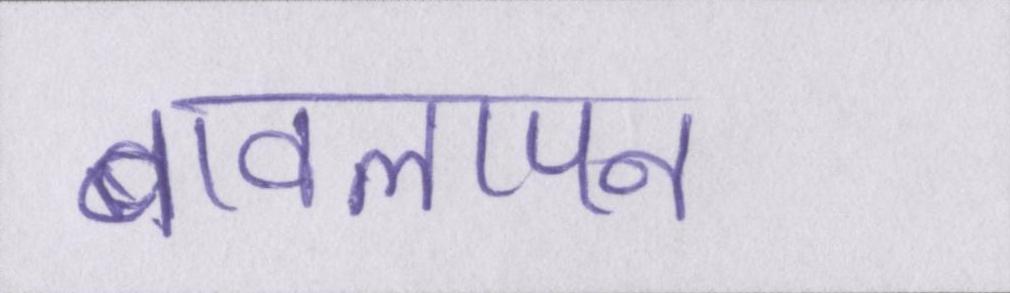
बावलापन